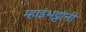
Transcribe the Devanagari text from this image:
म्हाइंभट्टांनी